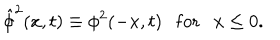
{ \hat { \phi } } ^ { 2 } ( x , t ) \equiv \phi ^ { 2 } ( - x , t ) \ \ \ \mathrm { f o r } \ \ \ x \le 0 .